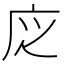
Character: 𢇭